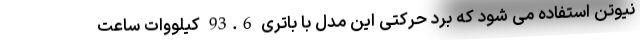
نیوتن استفاده می شود که برد حرکتی این مدل با باتری 93.6 کیلووات ساعت